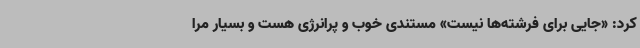
کرد: «جایی برای فرشته‌ها نیست» مستندی خوب و پرانرژی هست و بسیار مرا